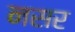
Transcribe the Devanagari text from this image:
नसर